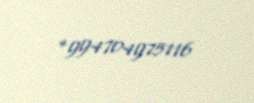
+994704975116